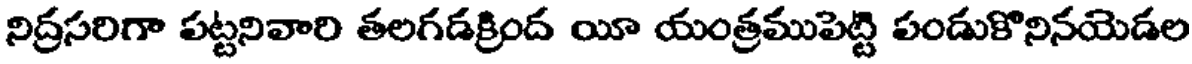
నిద్రసరిగా పట్టనివారి తలగడక్రింద యీ యంత్రముపెట్టి పండుకొనినయెడల